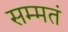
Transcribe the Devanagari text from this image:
सम्मतं